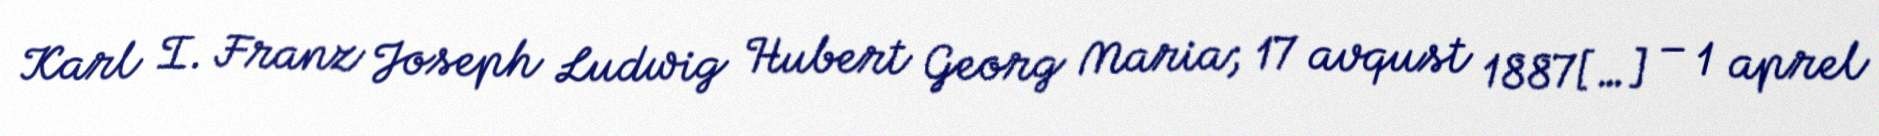
Karl I. Franz Joseph Ludwig Hubert Georg Maria; 17 avqust 1887[…] – 1 aprel